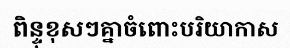
ពិន្ទុខុសៗគ្នាចំពោះបរិយាកាស